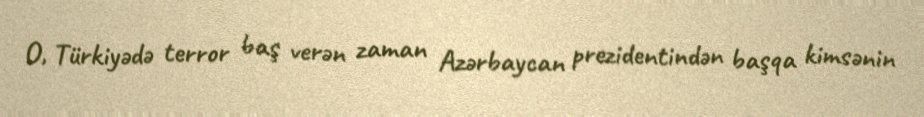
O, Türkiyədə terror baş verən zaman Azərbaycan prezidentindən başqa kimsənin